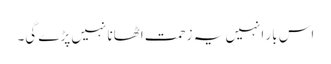
اس بار انہیں یہ زحمت اٹھانا نہیں پڑے گی۔